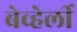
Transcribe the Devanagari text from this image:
बेव्हेर्ली